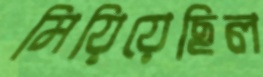
মিয়িয়েছিল